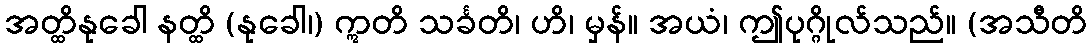
အတ္ထိနုခေါ နတ္ထိ (နုခေါ၊) ဣတိ သင်္ခတိ၊ ဟိ၊ မှန်။ အယံ၊ ဤပုဂ္ဂိုလ်သည်။ (အသီတိ